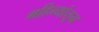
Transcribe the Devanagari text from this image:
महिन्‍यांतून